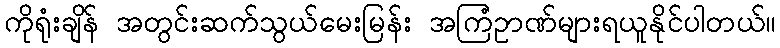
ကိုရုံးချိန် အတွင်းဆက်သွယ်မေးမြန်း အကြံဥာဏ်များရယူနိုင်ပါတယ်။